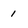
Character: 1